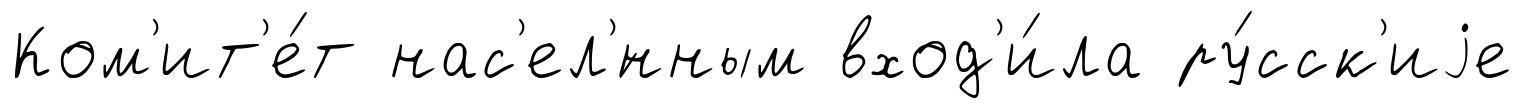
Ком'ит'е́т нас'ел'́нным вход'и́ла ру́сск'иjе